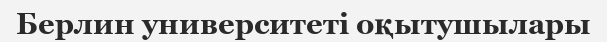
Берлин университеті оқытушылары